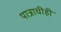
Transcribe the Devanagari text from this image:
पात्राचीही